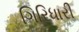
ગિરિધારી